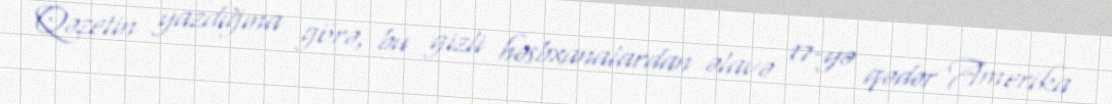
Qəzetin yazdığına görə, bu gizli həsbxanalardan əlavə 17-yə qədər Amerika